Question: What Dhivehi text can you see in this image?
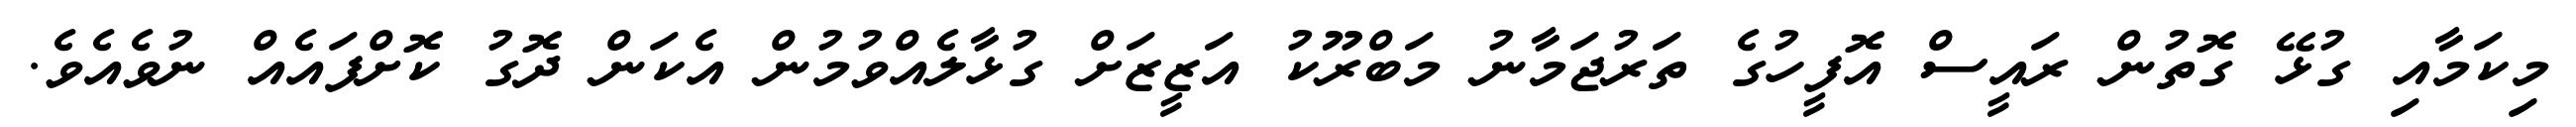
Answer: މިކަމާއި ގުޅޭ ގޮތުން ރައީސް އޮފީހުގެ ތަރުޖަމާނު މަބްރޫކު އަޒީޒަށް ގުޅާލެއްވުމުން އެކަން ދޮގު ކޮށްފައެއް ނުވެއެވެ.